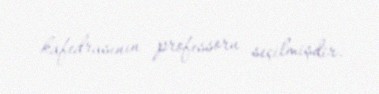
kafedrasının professoru seçilmişdir.